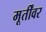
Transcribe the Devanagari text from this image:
मूर्तींवर